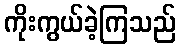
ကိုးကွယ်ခဲ့ကြသည်